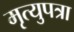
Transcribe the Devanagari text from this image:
मृत्युपत्रा